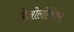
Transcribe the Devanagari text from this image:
थेओलोजिकल